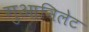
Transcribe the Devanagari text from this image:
गुआनिलेट